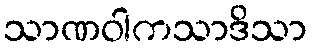
သာဏဝါကသာဒိသာ